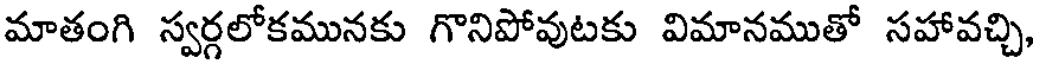
మాతంగి స్వర్గలోకమునకు గొనిపోవుటకు విమానముతో సహావచ్చి,